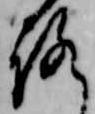
ろ